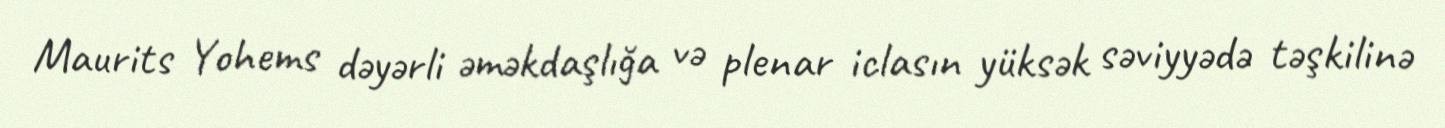
Maurits Yohems dəyərli əməkdaşlığa və plenar iclasın yüksək səviyyədə təşkilinə